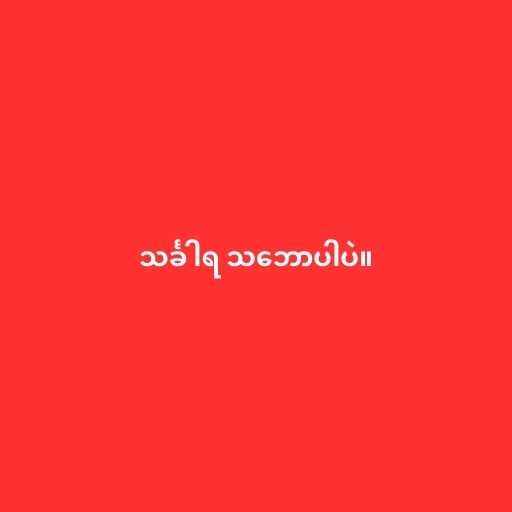
သင်္ခါရ သ‌ဘောပါပဲ။